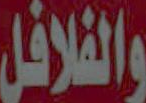
والفلافل